Cholera in India, 1862 to 1881
Year: 1862
Disease focus: Cholera
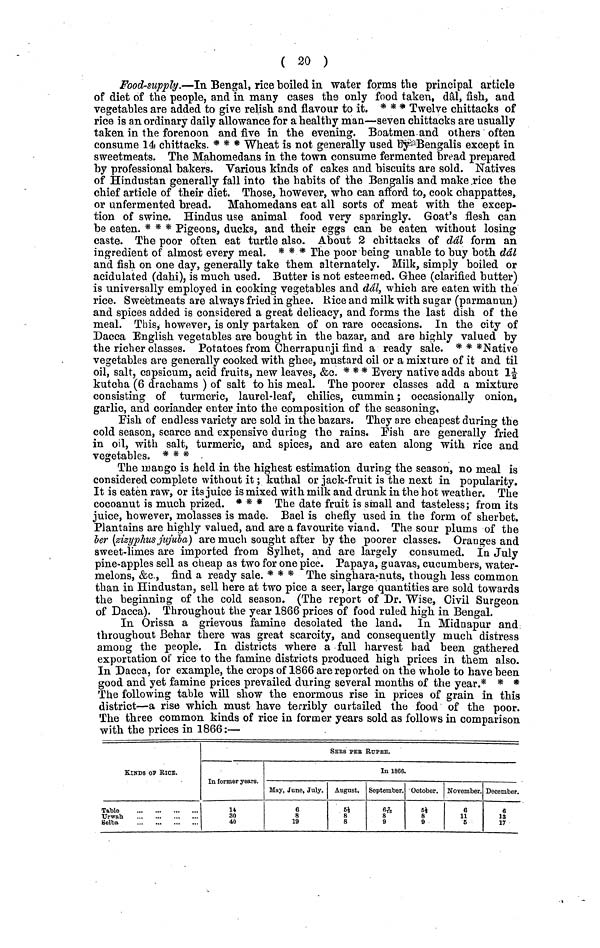
( 20 )
Food-supply.—In Bengal, rice boiled in water forms the principal article
of diet of the people, and in many cases the only food taken, dâl, fish, and
vegetables are added to give relish and flavour to it. * * * Twelve chittacks of
rice is an ordinary daily allowance for a healthy man—seven chittacks are usually
taken in the forenoon and five in the evening. Boatmen and others often
consume 14 chittacks. * * * Wheat is not generally used by Bengalis except in
sweetmeats. The Mahomedans in the town consume fermented bread prepared
by professional bakers. Various kinds of cakes and biscuits are sold. Natives
of Hindustan generally fall into the habits of the Bengalis and make rice the
chief article of their diet. Those, however, who can afford to, cook chappattes,
or unfermented bread. Mahomedans eat all sorts of meat with the excep-
tion of swine. Hindus use animal food very sparingly. Goat's flesh can
be eaten. * * * Pigeons, ducks, and their eggs can be eaten without losing
caste. The poor often eat turtle also. About 2 chittacks of dâl form an
ingredient of almost every meal. * * * The poor being unable to buy both dâl
and fish on one day, generally take them alternately. Milk, simply boiled or
acidulated (dahi), is much used. Butter is not esteemed. Ghee (clarified butter)
is universally employed in cooking vegetables and dâl, which are eaten with the
rice. Sweetmeats are always fried in ghee. Rice and milk with sugar (parmanun)
and spices added is considered a great delicacy, and forms the last dish of the
meal. This, however, is only partaken of on rare occasions. In the city of
Dacca English vegetables are bought in the bazar, and are highly valued by
the richer classes. Potatoes from Gherrapunji find a ready sale. * * *Native
vegetables are generally cooked with ghee, mustard oil or a mixture of it and til
oil, salt, capsicum, acid fruits, new leaves, &c. * * * Every native adds about 1½
kutcha (6 drachams ) of salt to his meal. The poorer classes add a mixture
consisting of turmeric, laurel-leaf, chilies, cummin; occasionally onion,
garlic, and coriander enter into the composition of the seasoning,
Fish of endless variety are sold in the bazars. They are cheapest during the
cold season, scarce and expensive during the rains. Fish are generally fried
in oil, with salt, turmeric, and spices, and are eaten along with rice and
vegetables. * * *
The mango is held in the highest estimation during the season, no meal is
considered complete without it ; kuthal or jack-fruit is the next in popularity.
It is eaten raw, or its juice is mixed with milk and drunk in the hot weather. The
cocoanut is much prized. * * * The date fruit is small and tasteless; from its
juice, however, molasses is made. Bael is chefly used in the form of sherbet.
Plantains are highly valued, and are a favourite viand. The sour plums of the
ber (zizyphus jujula) are much sought after by the poorer classes. Oranges and
sweet-limes are imported from Sylhet, and are largely consumed, in July
pine-apples sell as cheap as two for one pice. Papaya, guavas, cucumbers, water-
melons, &c., find a ready sale. * * * The singhara-nuts, though less common
than in Hindustan, sell here at two pice a seer, large quantities are sold towards
the beginning of the cold season. (The report of Dr. Wise, Civil Surgeon
of Dacca). Throughout the year 1866 prices of food ruled high in Bengal.
In Orissa a grievous famine desolated the land. In Midnapur and
throughout Behar there was great scarcity, and consequently much distress
among the people. In districts where a full harvest had been gathered
exportation of rice to the famine districts produced high prices in them also.
In Dacca, for example, the crops of 1866 are reported on the whole to have been
good and yet famine prices prevailed during several months of the year.* * *
The following table will show the enormous rise in prices of grain in this
district—a rise which must have terribly curtailed the food of the poor.
The three common kinds of rice in former years sold as follows in comparison
with the prices in 1866:—
SEES PEE RUPEE.
KINDS OF RICE.
Table
Selba
In former years.
14
30
40
May, June, July.
6
8
19
August.
6½
8
8
In 1866.
September.
6 7 / 10
8
9
October.
6½
8
9
November.
6
11
δ
December.
6
13
17